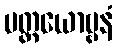
ပတ္တယောဗ္ဗနံ